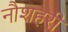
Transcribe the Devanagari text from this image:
नौशहरी